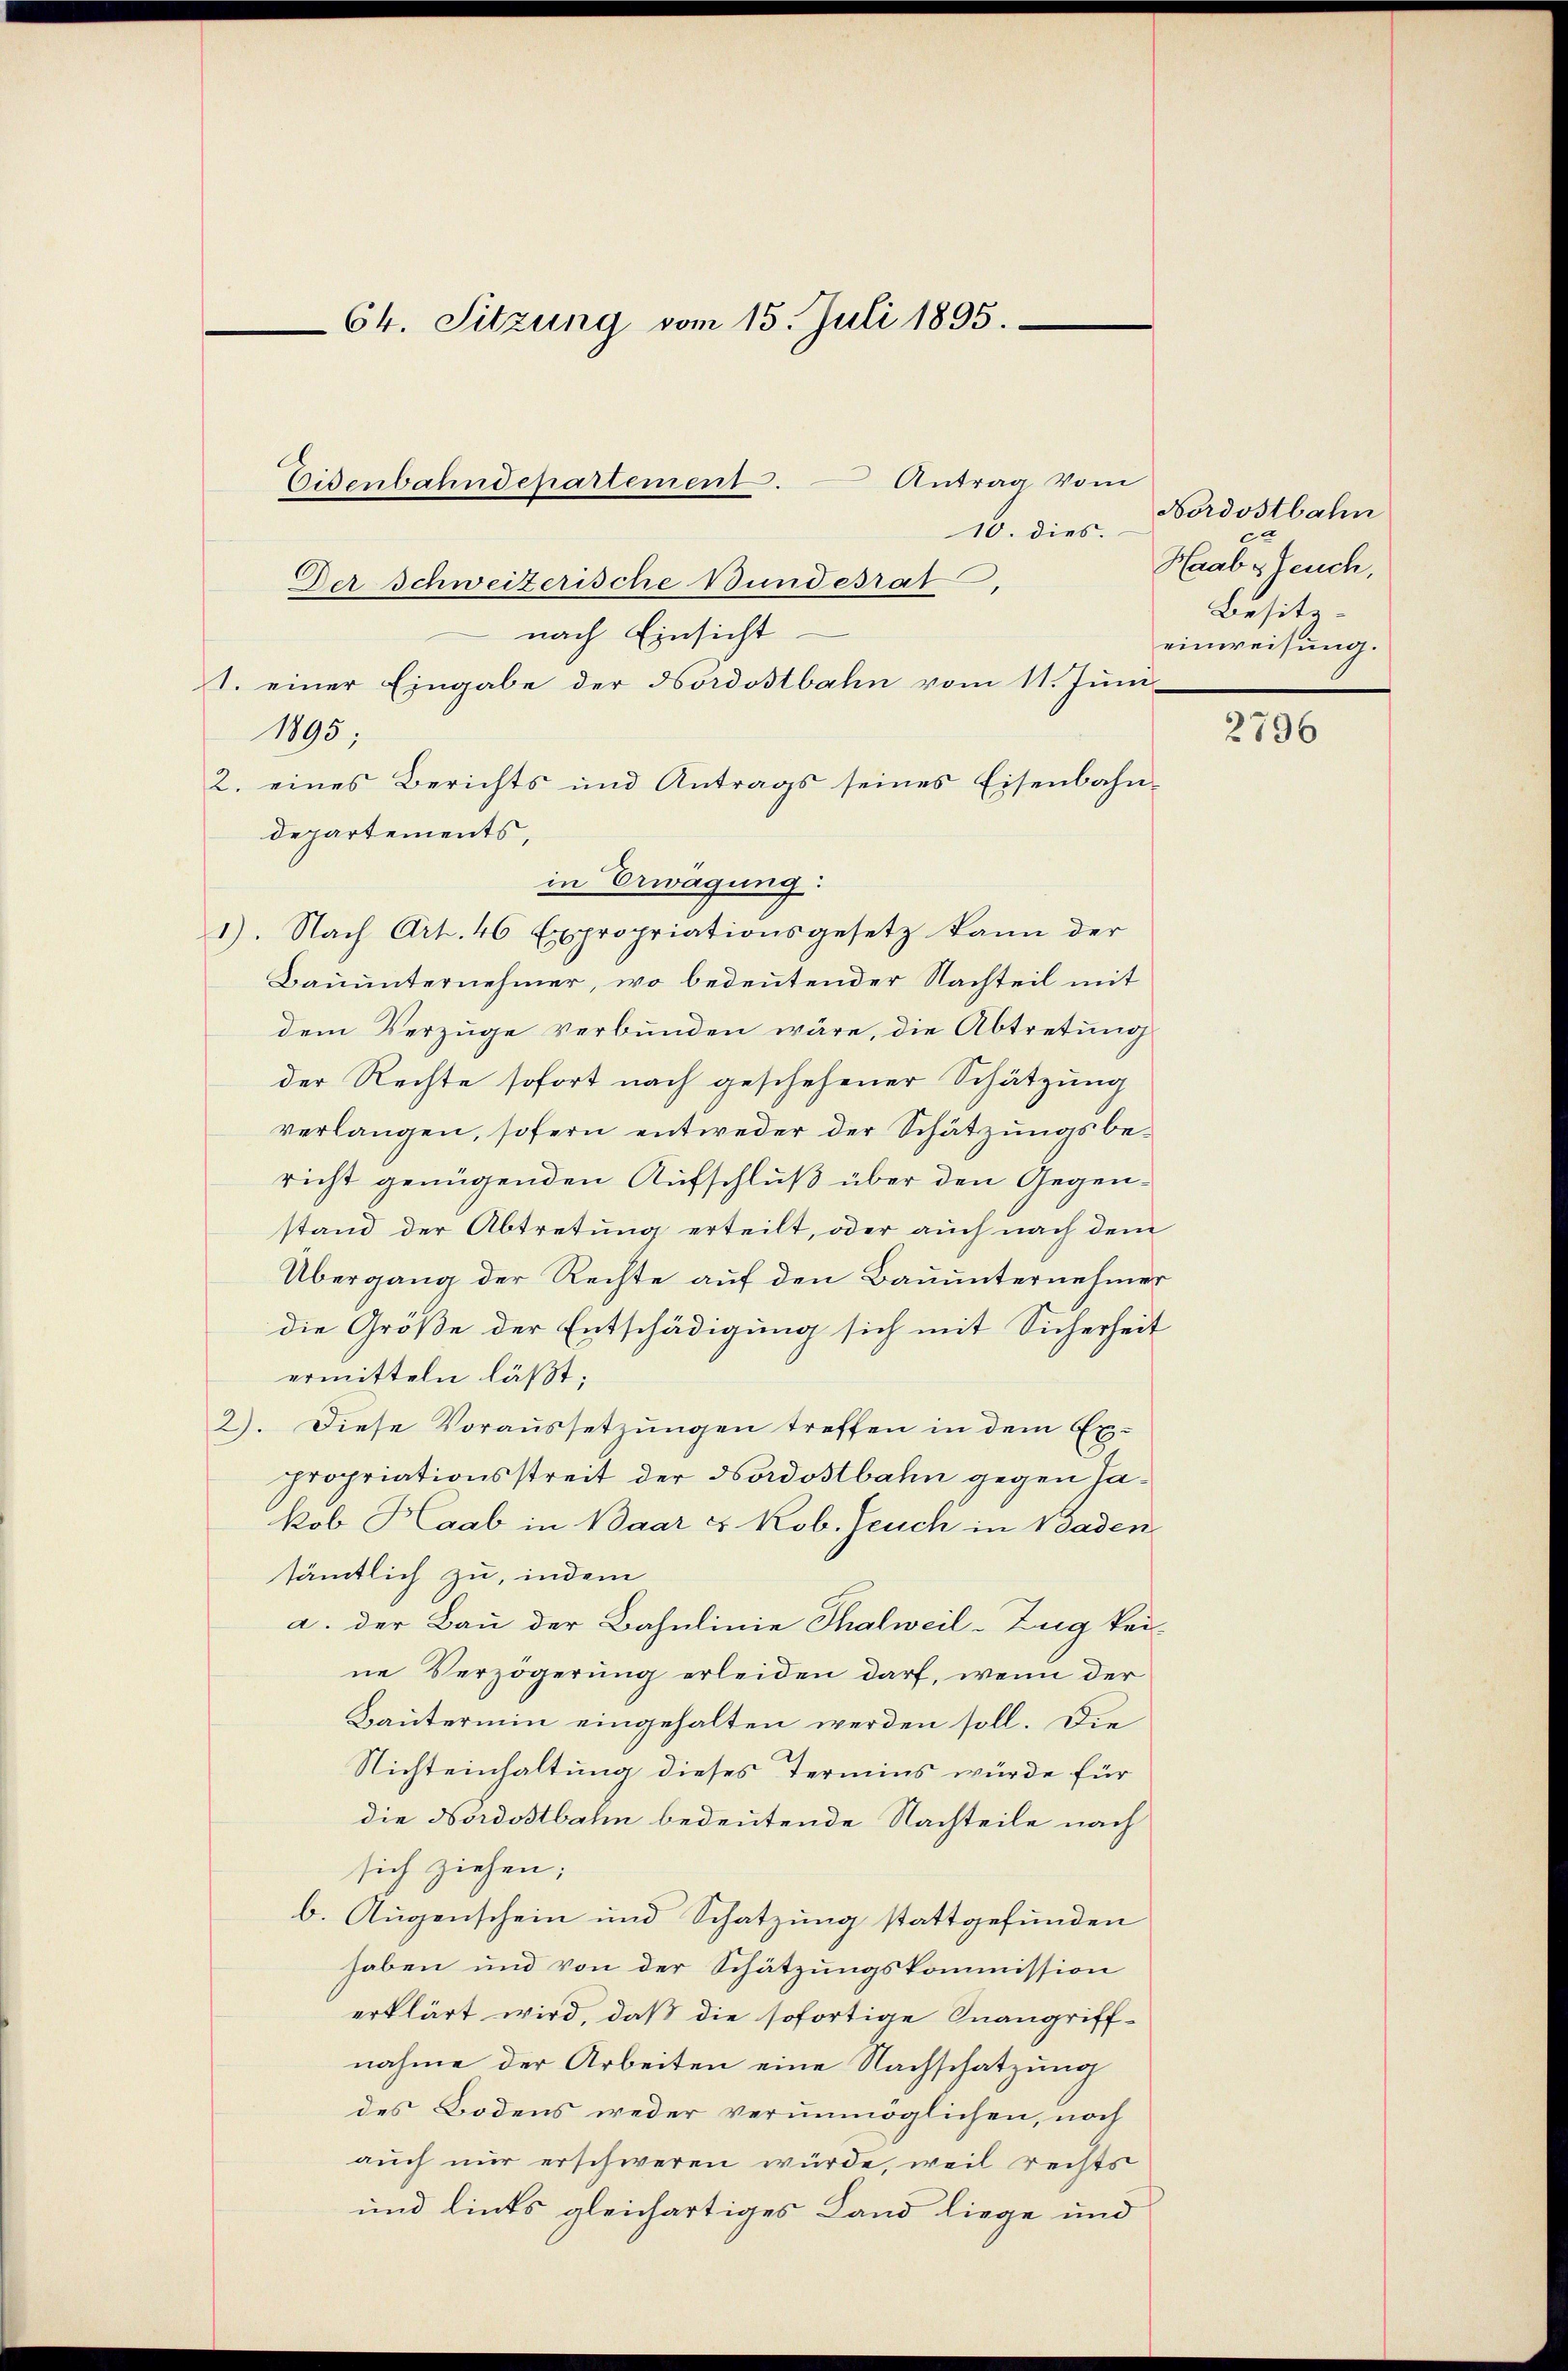
64. Sitzung vom 15. Juli 1895.

Eisenbahndepartement. Antrag vom

10. dies.
Der Schweizerische Bundesrat,
nach Einsicht
1. einer Eingabe der Nordostbahn vom 11. Juni
1895.
2. eines Berichts und Antrags seines Eisenbahndepartements,
in Erwägung:
1). Nach Art. 46 Expropriationsgesetz kann der
Bauunternehmer, wo bedeutender Nachteil mit
dem Verzüge verbunden wäre, die Abtretung
der Rechte sofort nach geschehener Schätzung
verlangen, sofern entweder der Schätzungsbericht genügenden Aufschluß über den Gegenstand der Abtretung erteilt, oder auch nach dem
Übergang der Rechte auf den Bauunternehmer
die Große der Entschädigung sich mit Sicherheit
ermitteln läßt;
2). Diese Voraussetzungen treffen in dem Ex-
Propriationsstreit der Nordostbahn gegen Jakob Haab in Baar & Kob. Jeuch in Baden
sämtlich zu, indem
a. der Bau der Bahnlinie Thalweil-Zug kei-
ne Verzögerung erleiden darf, wenn der
Bautermin eingehalten werden soll. Die
Nichteinhaltung dieses Termins würde für
die Nordostbahn bedeutende Nachteile nach
sich ziehen;
b. Augenschein und Schatzung stattgefunden
haben und von der Schätzungskommission
erklärt wird, daß die sofortige Inangriffnahme der Arbeiten eine Nachschatzung
des Bodens weder verunmöglichen, noch
auch nur erschweren würde, weil rechts
und lints gleichartiges Land liege und

Nordostbahn
Haab es seuch,
Besitzeinweisung.

2796